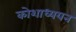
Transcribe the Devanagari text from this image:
कोशाध्ययन